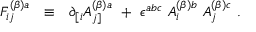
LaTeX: F _ { i j } ^ { ( \beta ) a } ~ ~ \equiv ~ ~ \partial _ { [ i } A _ { j ] } ^ { ( \beta ) a } ~ + ~ \epsilon ^ { a b c } ~ A _ { i } ^ { ( \beta ) b } ~ A _ { j } ^ { ( \beta ) c } ~ .